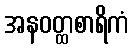
အနဝတ္ထစာရိကံ